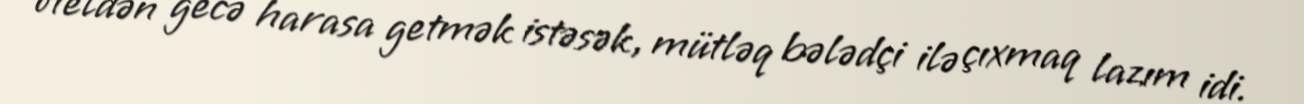
oteldən gecə harasa getmək istəsək, mütləq bələdçi ilə çıxmaq lazım idi.